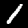
Digit: 1